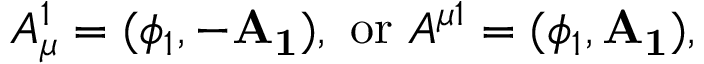
A _ { \mu } ^ { 1 } = ( \phi _ { 1 } , - \mathbf { A _ { 1 } } ) , ~ \mathrm { o r } ~ A ^ { \mu 1 } = ( \phi _ { 1 } , \mathbf { A _ { 1 } } ) ,